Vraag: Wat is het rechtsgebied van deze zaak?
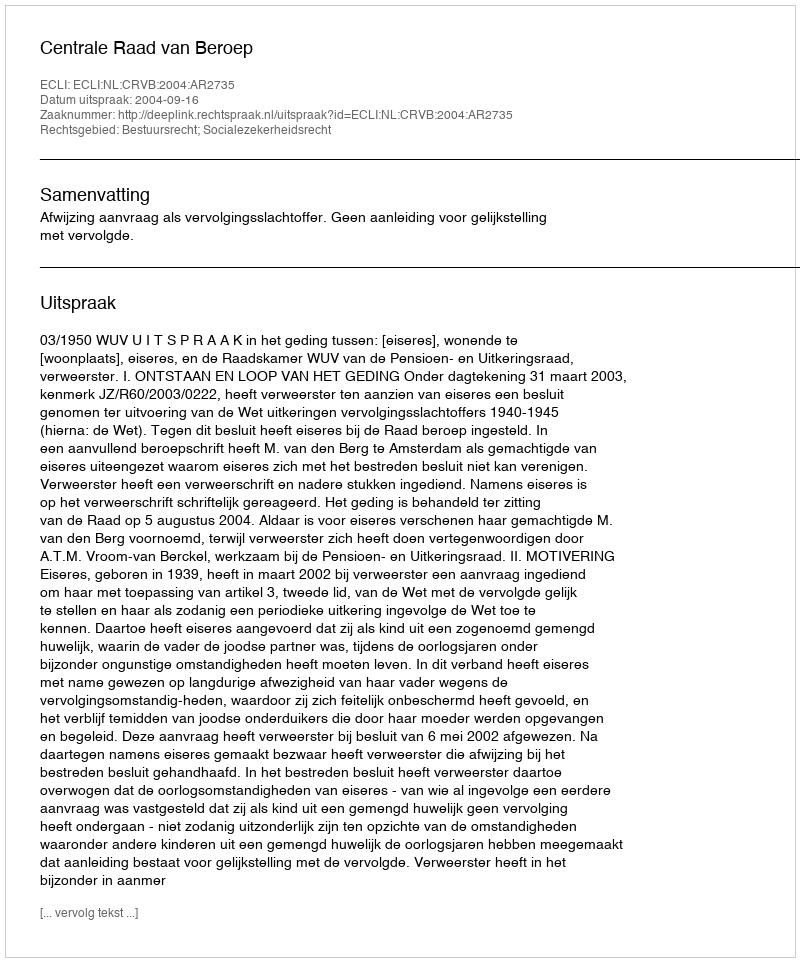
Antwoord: Bestuursrecht; Socialezekerheidsrecht